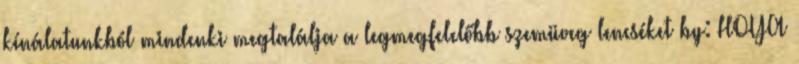
kínálatunkból mindenki megtalálja a legmegfelelőbb szemüveg lencséket by: HOYA